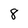
Character: 8